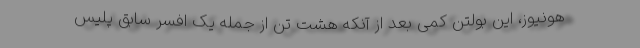
هونیوز، این بولتن کمی بعد از آنکه هشت تن از جمله یک افسر سابق پلیس